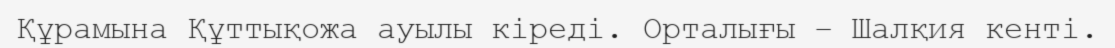
Құрамына Құттықожа ауылы кіреді. Орталығы – Шалқия кенті.